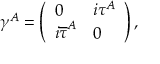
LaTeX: \gamma ^ { A } = \left( \begin{array} { l l } { { 0 } } & { { i \tau ^ { A } } } \\ { { i { \overline { { \tau } } } ^ { A } } } & { { 0 } } \end{array} \right) ,